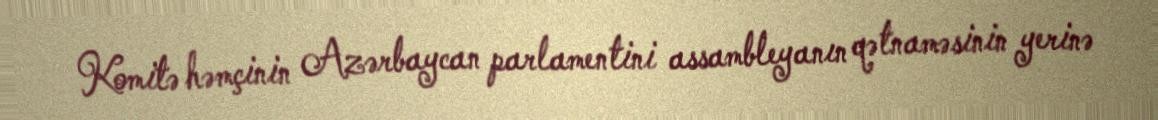
Komitə həmçinin Azərbaycan parlamentini assambleyanın qətnaməsinin yerinə